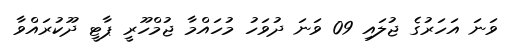
ވަނަ އަހަރުގެ ޖުލައި 09 ވަނަ ދުވަހު މުހައްމާ ޖުމްހޫރީ ޕާޓީ ދޫކުރައްވާ